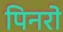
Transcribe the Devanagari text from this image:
पिनरो